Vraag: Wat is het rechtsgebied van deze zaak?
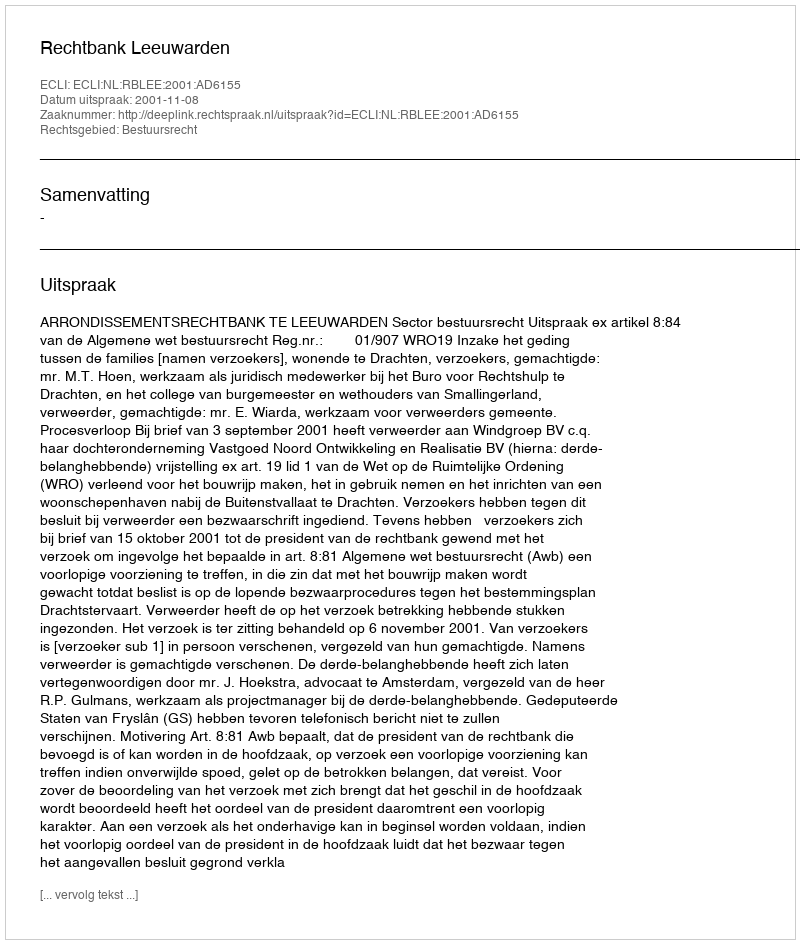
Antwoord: Bestuursrecht